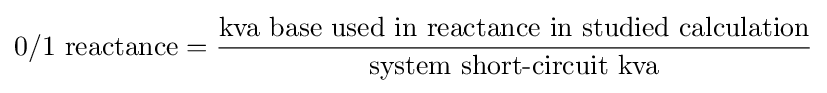
{\text{0/1 reactance}}={\frac {\text{kva base used in reactance in studied calculation}}{\text{system short-circuit kva}}}